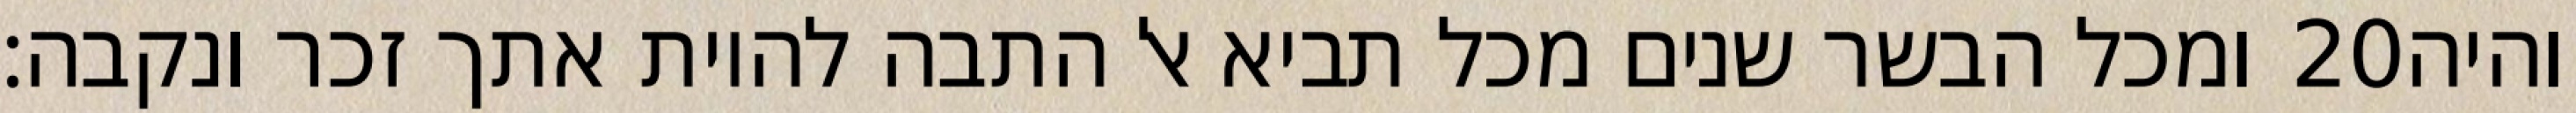
ומכל הבשר שנים מכל תביא אל התבה להיות אתך זכר ונקבה׃ ‎20‏ והיה